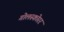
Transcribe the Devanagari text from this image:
गोलस्कोरर